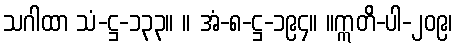
သဂါထာ သံ-ဋ္ဌ-၁၃၃။ ။ အံ-၈-ဋ္ဌ-၁၉၄။ ။ဣတိ-ပါ-၂၀၉၊